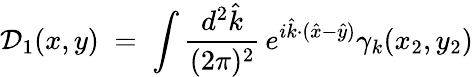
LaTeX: {\mathcal D}_{1}(x,y)\; =\; \int\frac{d^{2}{\hat{k}}}{(2\pi)^{2}}\, e^{i{\hat{k}}\cdot({\hat{x}}-{\hat{y}})}\gamma_{k}(x_{2},y_{2})